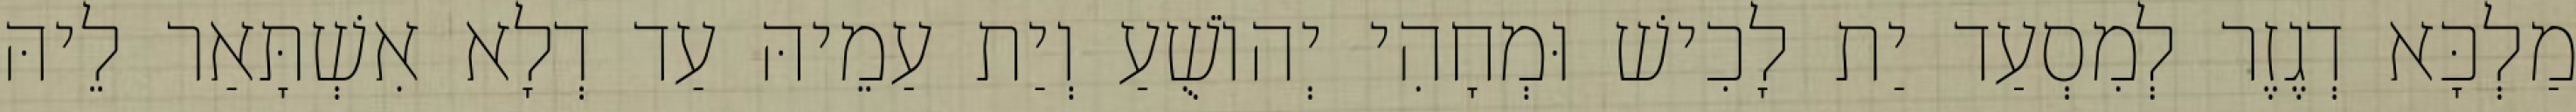
מַלְכָּא דְגֶזֶר לְמִסְעַד יַת לָכִישׁ וּמְחָהִי יְהוֹשֻׁעַ וְיַת עַמֵיהּ עַד דְלָא אִשְׁתָּאַר לֵיהּ